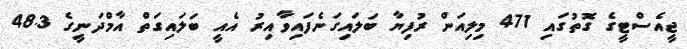
ޖީއެސްޓީގެ ގޮތުގައި 471 މިލިއަން ރުފިޔާ ބަލައިގަނެފައިވާއިރު އެއީ ބަލައިގަތް އާމްދަނީގެ 48.3